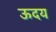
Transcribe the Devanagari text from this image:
ऊदय